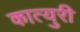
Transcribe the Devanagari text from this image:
कात्‍युरी